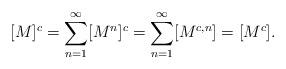
LaTeX: \begin{align*} [M]^c = \sum_{n=1}^{\infty} [M^n]^c = \sum_{n=1}^{\infty} [M^{c,n}] = [M^c]. \end{align*}